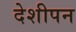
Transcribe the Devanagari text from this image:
देशीपन